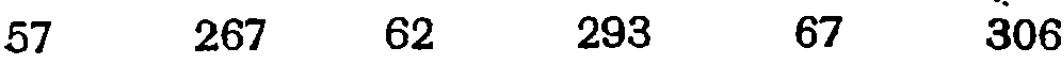
57 267 62 293 67 306